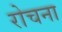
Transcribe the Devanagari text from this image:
रोचना